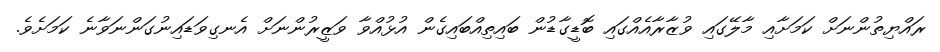
ރައްޔިތުންނަށް ކަމަށާއި މާލޭގައި ވުޒާރާއެއްގައި ބޮޑީގާޑުން ބައިތިއްބައިގެން އުޅުއްވާ ވަޒީރުންނަށް އެނގިވަޑައިނުގަންނަވާނެ ކަމަށެވެ.